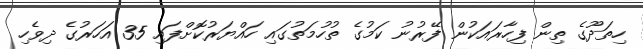
ހިތަދޫގެ ތިން ފިހާރައަކުން ފޭރުނު ކަމުގެ ތުހުމަތުގައި ހައްޔަރުކޮށްފައި 35 އަހަރުގެ ދިވެހި